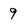
Character: 9